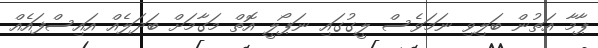
ޕާމާ އަތުން ބަލިވި ނަމަވެސް ލީގުގައި ނަޕޯލީ އޮތް މަގާމަށް ބަދަލެއް އައިސްފައެއް